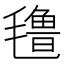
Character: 氇